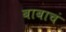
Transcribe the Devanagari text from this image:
बाबाचं